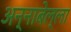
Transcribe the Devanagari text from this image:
अन्नाबेल्ला